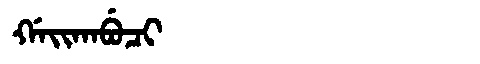
Manchu: ᡤᠠᡳᡴᠠᠪᡠᠴᡳ
Romanization: GAIKABUCI